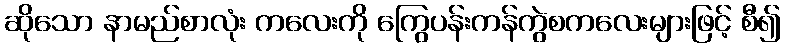
ဆိုသော နာမည်စာလုံး ကလေးကို ကြွေပန်းကန်ကွဲစကလေးများဖြင့် စီ၍